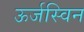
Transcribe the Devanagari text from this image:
ऊर्जस्विन